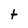
Character: t